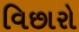
વિછારો